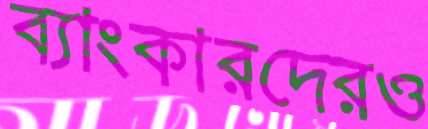
ব্যাংকারদেরও